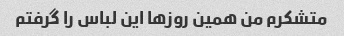
متشکرم من همین روزها این لباس را گرفتم